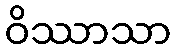
ဝိဿာသာ